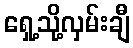
ရှေ့သို့လှမ်းချီ